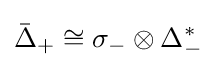
{\bar {\Delta }}_{+}\cong \sigma _{-}\otimes \Delta _{-}^{*}